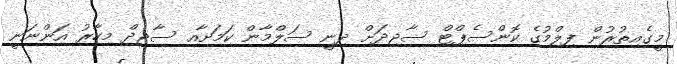
މީގެއިތުރުން ފިލްމުގެ ކޮންސެޕްޓް ސާޖިދަށް ދިނީ ސަލްމާން ކަމަށާއި ސާޖިދް މިހާރު އަންނަނީ